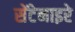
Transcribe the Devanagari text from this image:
सेंटेनाइरे